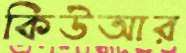
কিউআর